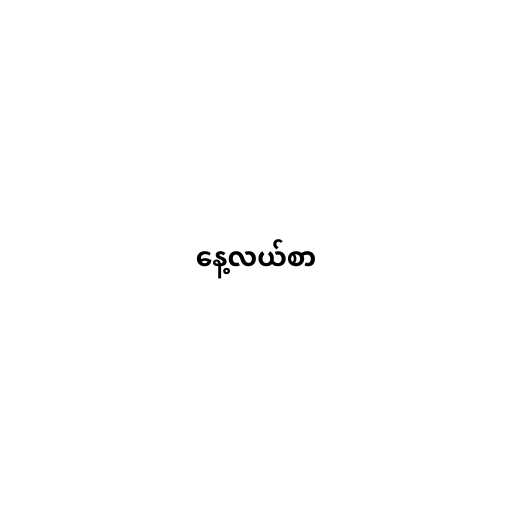
နေ့လယ်စာ